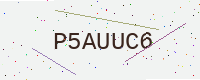
Text: P5AUUC6